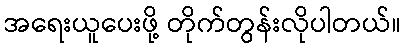
အရေးယူပေးဖို့ တိုက်တွန်းလိုပါတယ်။